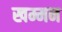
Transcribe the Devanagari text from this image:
खम्मन